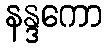
နန္ဒကော